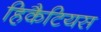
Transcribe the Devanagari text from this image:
हिकैटियस